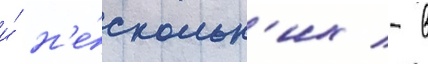
и́ н'е́скольк'их - в